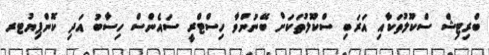
ބްރިޓިޝް ސްކޫލުތަކާއި އަރަބި ސްކޫލުތަކަށް ބޭނުންވާ ހިސްޓްރީ ސައެންސް ހިސާބު އަދި ކޮންޕިޔުޓރ